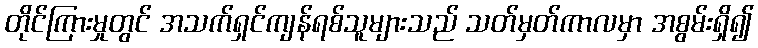
တိုင်ကြားမှုတွင် အသက်ရှင်ကျန်ရစ်သူများသည် သတ်မှတ်ကာလမှာ အစွမ်းရှိ၍